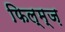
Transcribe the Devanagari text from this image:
फिल्म्ज़